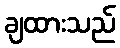
ချထားသည်